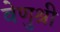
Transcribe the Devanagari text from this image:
वेणुश्री